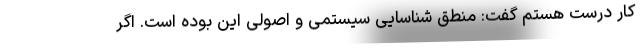
کار درست هستم گفت: منطق شناسایی سیستمی و اصولی این بوده است. اگر